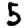
Digit: 5